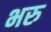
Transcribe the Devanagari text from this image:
भरु